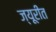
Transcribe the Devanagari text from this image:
ज्यूरीत